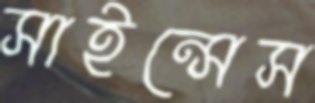
সাইন্সেস